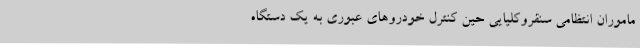
ماموران انتظامی سنقروکلیایی حین کنترل خودروهای عبوری به یک دستگاه